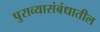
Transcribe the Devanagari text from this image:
पुराव्यासंबंधातील